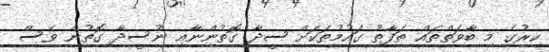
ކިރުގެ މި ބާވަތްތައް ތަފާތު ގައުމުތަކަށް ސީދާ ގޮތުންނާއި ނުސީދާ ގޮތުން ވެސް